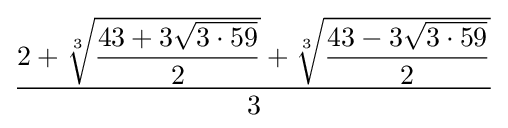
{\dfrac {2+{\sqrt[{3}]{\dfrac {43+3{\sqrt {3\cdot 59}}}{2}}}+{\sqrt[{3}]{\dfrac {43-3{\sqrt {3\cdot 59}}}{2}}}}{3}}